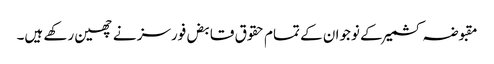
مقبوضہ کشمیر کے نوجوان کے تمام حقوق قابض فورسز نے چھین رکھے ہیں۔